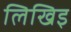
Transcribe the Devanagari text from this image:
लिखिइ